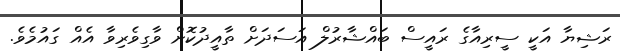
ރަޝިޔާ އަކީ ސީރިއާގެ ރައީސް ބައްޝާރުލް އަސަދަށް ތާއީދުކޮށް ވާގިވެރިވާ އެއް ގައުމެވެ.